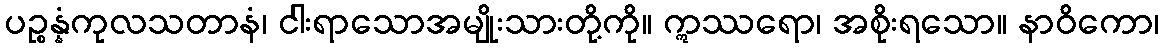
ပဉ္စန္နံကုလသတာနံ၊ ငါးရာသောအမျိုးသားတို့ကို။ ဣဿရော၊ အစိုးရသော။ နာဝိကော၊